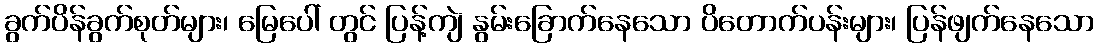
ခွက်ပိန်ခွက်စုတ်များ၊ မြေပေါ် တွင် ပြန့်ကျဲ နွမ်းခြောက်နေသော ပိတောက်ပန်းများ၊ ပြန်ဖျက်နေသော